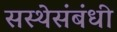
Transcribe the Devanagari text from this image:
सस्थेसंबंधी